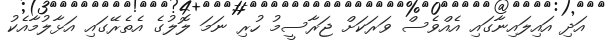
އަދި އައިލައިނާގައި އެއްވެސް ވަރަކަށް ޖަރާސީމު ހުރި ނަމަ ލޮލުގެ އެތެރޭގައި އަޅާލުމާއެކު